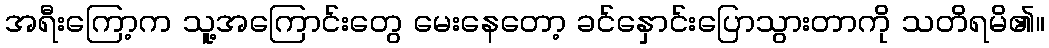
အရီးကြော့က သူ့အကြောင်းတွေ မေးနေတော့ ခင်နှောင်းပြောသွားတာကို သတိရမိ၏။